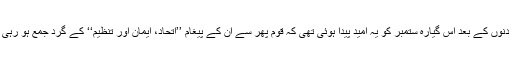
بہت دنوں کے بعد اس گیارہ ستمبر کو یہ امید پیدا ہوئی تھی کہ قوم پھر سے ان کے پیغام ’’اتحاد، ایمان اور تنظیم‘‘ کے گرد جمع ہو رہی ہے۔